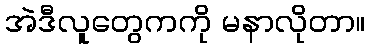
အဲဒီလူတွေကကို မနာလိုတာ။